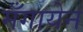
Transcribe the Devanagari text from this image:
मँगायेन